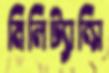
মিলিট্যান্সি